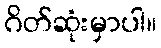
ဂိတ်ဆုံးမှာပါ။